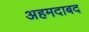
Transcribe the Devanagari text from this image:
अहमदाबद